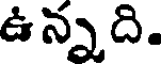
ఉన్నది.